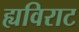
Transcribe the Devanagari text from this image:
ह्यविराट